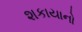
શકાયાનો